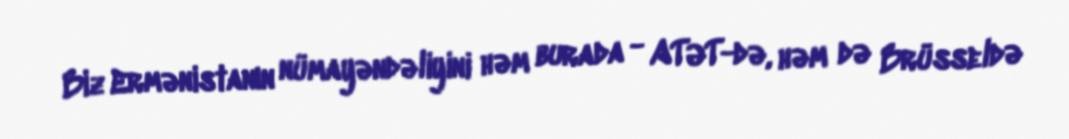
Biz Ermənistanın nümayəndəliyini həm burada - ATƏT-də, həm də Brüsseldə